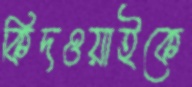
কিদওয়াইকে